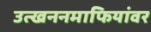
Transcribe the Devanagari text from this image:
उत्खननमाफियांवर